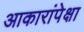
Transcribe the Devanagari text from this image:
आकारांपेक्षा